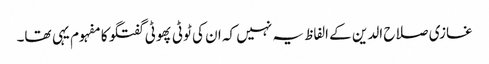
غازی صلاح الدین کے الفاظ یہ نہیں کہ ان کی ٹوٹی پھوٹی گفتگو کا مفہوم یہی تھا۔